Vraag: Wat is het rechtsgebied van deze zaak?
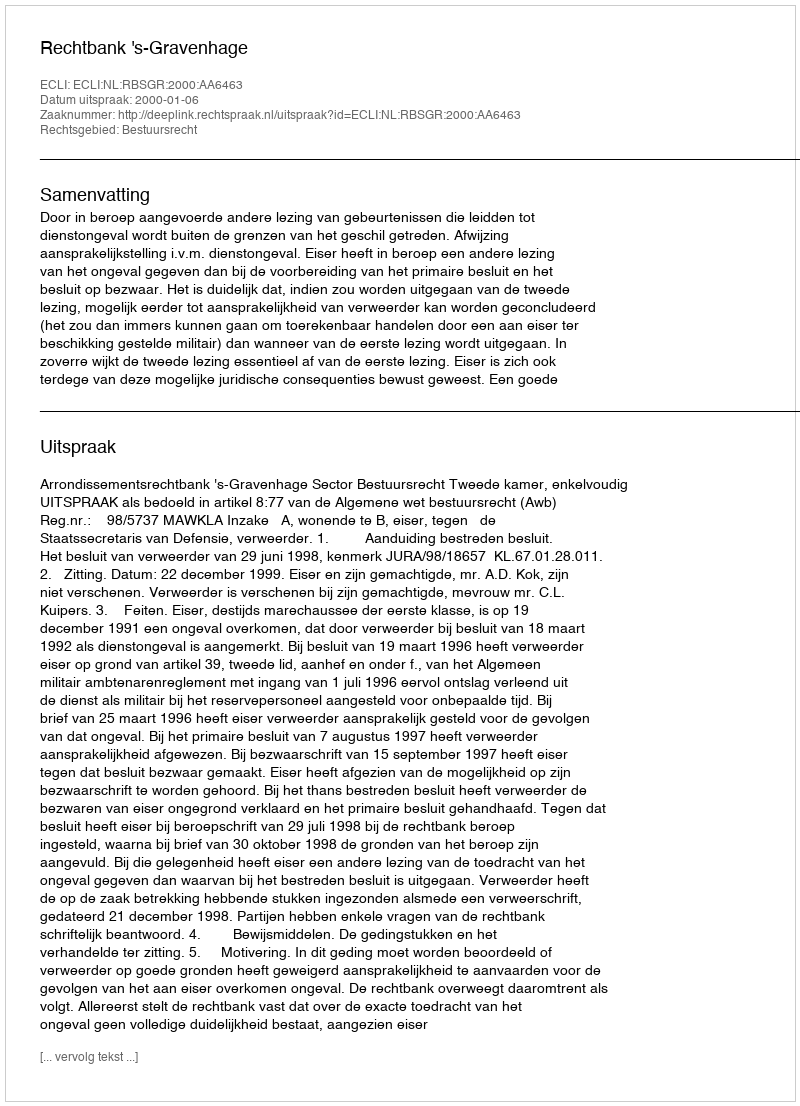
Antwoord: Bestuursrecht